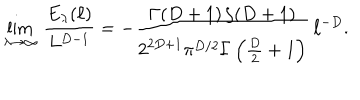
LaTeX: \lim _ { \lambda \to \infty } \, \frac { E _ { \lambda } ( \ell ) } { L ^ { D - 1 } } = - \frac { \Gamma ( D + 1 ) \, \zeta ( D + 1 ) } { 2 ^ { 2 D + 1 } \pi ^ { D / 2 } \Gamma \left( \frac { D } { 2 } + 1 \right) } \, \ell ^ { - D } .